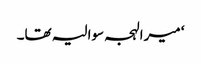
‘ میرا لہجہ سوالیہ تھا۔